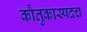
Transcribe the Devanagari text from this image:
कौतुकास्पदच